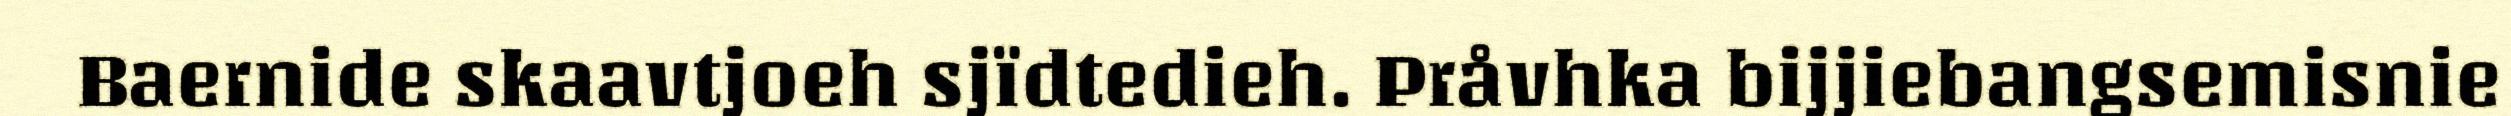
Baernide skaavtjoeh sjïdtedieh. Pråvhka bijjiebangsemisnie